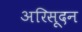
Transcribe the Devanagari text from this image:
अरिसूदन